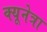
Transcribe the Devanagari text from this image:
क्यूनेत्रा